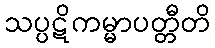
သပ္ပဋိကမ္မာပတ္တီတိ